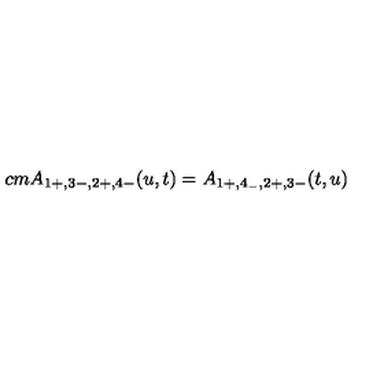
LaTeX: \hspace { - 5 c m } A _ { 1 + , 3 - , 2 + , 4 - } ( u , t ) = A _ { 1 + , 4 _ { - } , 2 + , 3 - } ( t , u )